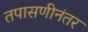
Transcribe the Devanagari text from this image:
तपासणीनंतर